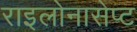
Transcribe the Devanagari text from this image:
राइलोनासेप्ट